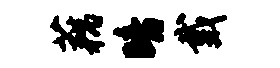
藕暗戴